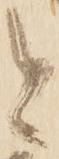
と